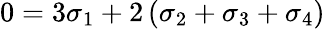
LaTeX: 0=3\sigma_{1}+2\left(\sigma_{2}+\sigma_{3}+\sigma_{4}\right)